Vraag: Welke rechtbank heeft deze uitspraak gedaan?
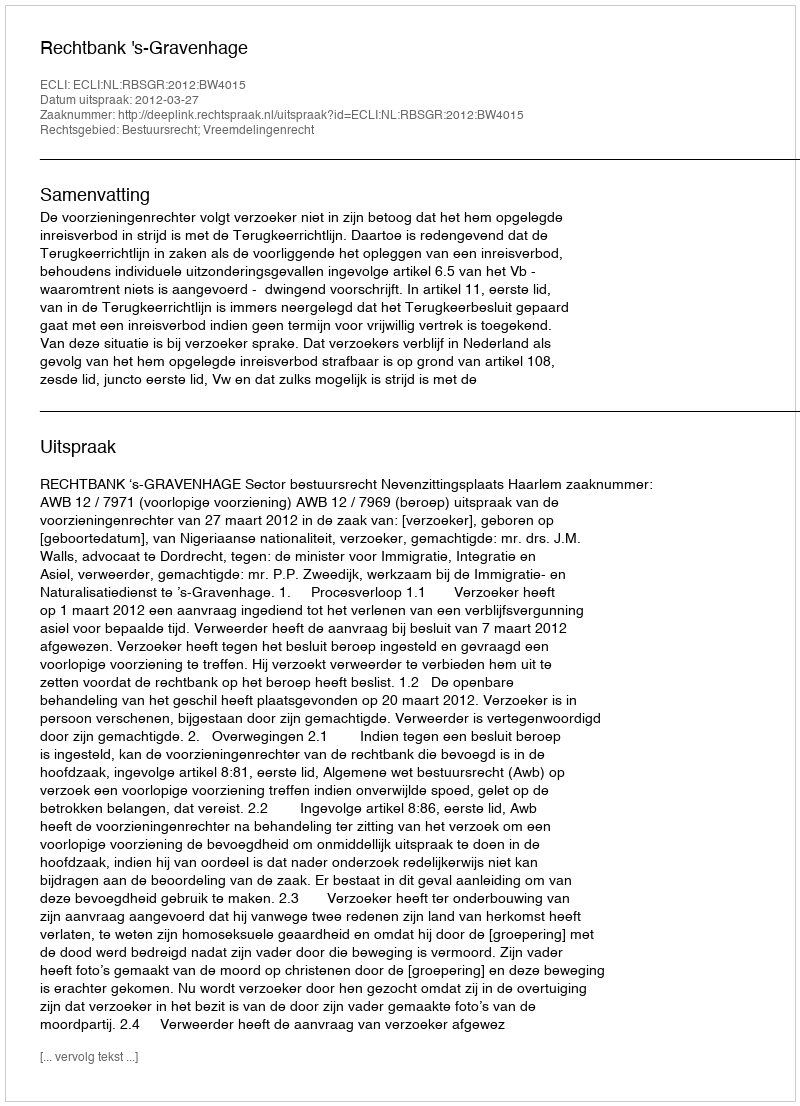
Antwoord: Rechtbank 's-Gravenhage